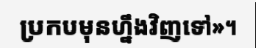
ប្រកបមុនហ្នឹងវិញទៅ»។